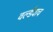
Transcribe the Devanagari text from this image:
वर्ल्डवाच